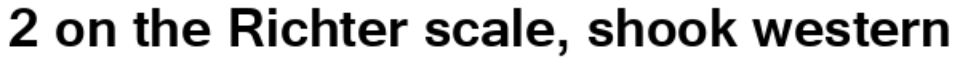
2 on the Richter scale, shook western